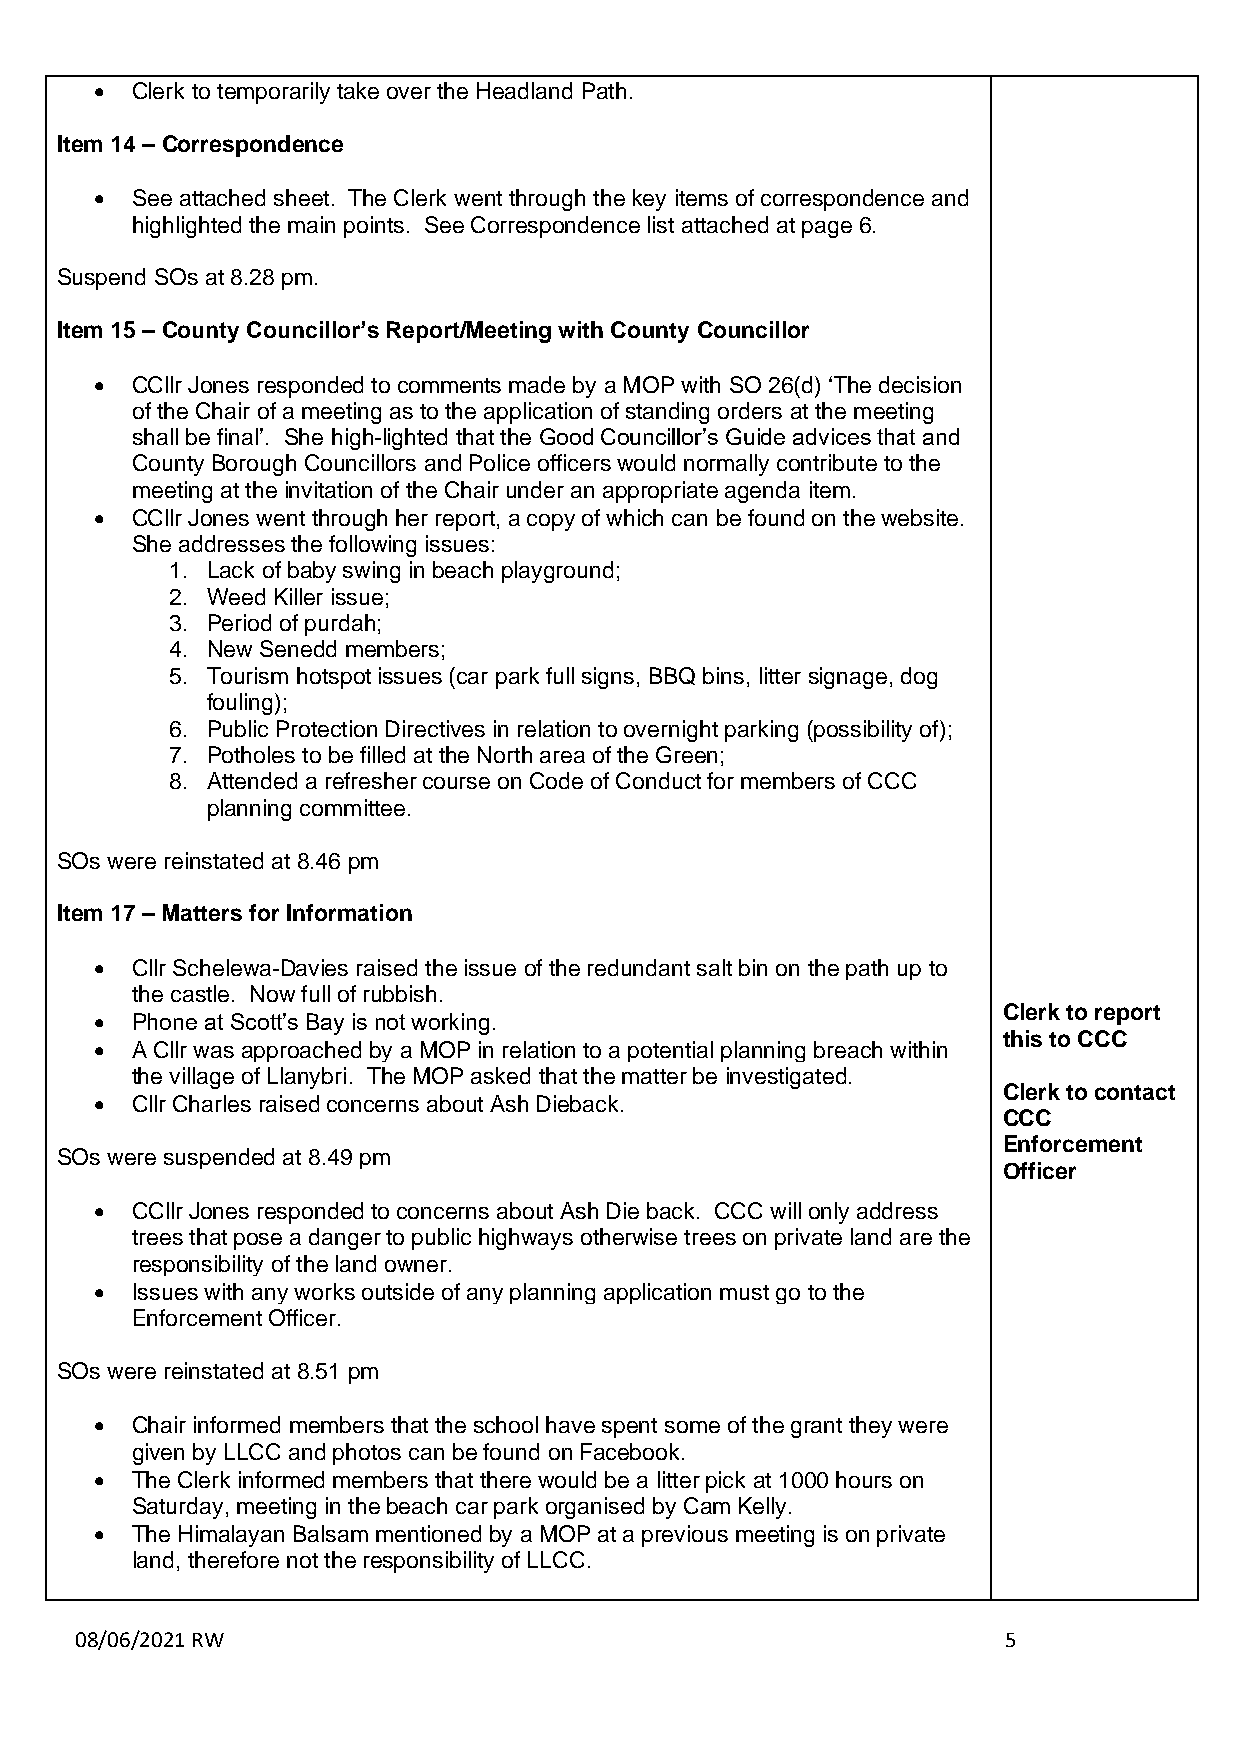
•  Clerk to temporarily take over the Headland Path.
 Item 14 – Correspondence
 •  See attached sheet. The Clerk went through the key items of correspondence and
 highlighted the main points. See Correspondence list attached at page 6.
 Suspend SOs at 8.28 pm.
 Item 15 – County Councillor’s Report/Meeting with County Councillor
 •  CCllr Jones responded to comments made by a MOP with SO 26(d) ‘The decision
 of the Chair of a meeting as to the application of standing orders at the meeting
 shall be final’. She high-lighted that the Good Councillor’s Guide advices that and
 County Borough Councillors and Police officers would normally contribute to the
 meeting at the invitation of the Chair under an appropriate agenda item.
 •  CCllr Jones went through her report, a copy of which can be found on the website.
 She addresses the following issues:
 1. Lack of baby swing in beach playground;
 2. Weed Killer issue;
 3. Period of purdah;
 4. New Senedd members;
 5. Tourism hotspot issues (car park full signs, BBQ bins, litter signage, dog
 fouling);
 6. Public Protection Directives in relation to overnight parking (possibility of);
 7. Potholes to be filled at the North area of the Green;
 8. Attended a refresher course on Code of Conduct for members of CCC
 planning committee.
 SOs were reinstated at 8.46 pm
 Item 17 – Matters for Information
 •  Cllr Schelewa-Davies raised the issue of the redundant salt bin on the path up to
 the castle. Now full of rubbish.
 Clerk to report
 •  Phone at Scott’s Bay is not working.
 this to CCC
 •  A Cllr was approached by a MOP in relation to a potential planning breach within
 the village of Llanybri. The MOP asked that the matter be investigated.
 Clerk to contact
 •  Cllr Charles raised concerns about Ash Dieback.
 CCC
 Enforcement
 SOs were suspended at 8.49 pm
 Officer
 •  CCllr Jones responded to concerns about Ash Die back. CCC will only address
 trees that pose a danger to public highways otherwise trees on private land are the
 responsibility of the land owner.
 •  Issues with any works outside of any planning application must go to the
 Enforcement Officer.
 SOs were reinstated at 8.51 pm
 •  Chair informed members that the school have spent some of the grant they were
 given by LLCC and photos can be found on Facebook.
 •  The Clerk informed members that there would be a litter pick at 1000 hours on
 Saturday, meeting in the beach car park organised by Cam Kelly.
 •  The Himalayan Balsam mentioned by a MOP at a previous meeting is on private
 land, therefore not the responsibility of LLCC.
 08/06/2021 RW                                                5